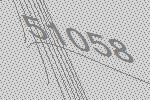
51058